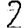
Digit: 2